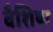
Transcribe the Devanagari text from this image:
वैशिष्य